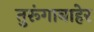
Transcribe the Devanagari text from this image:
तुरूंगाबाहेर